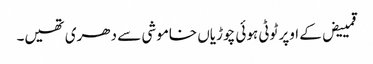
قمییض کے اوپر ٹوٹی ہوئی چوڑیاں خاموشی سے دھری تھیں۔